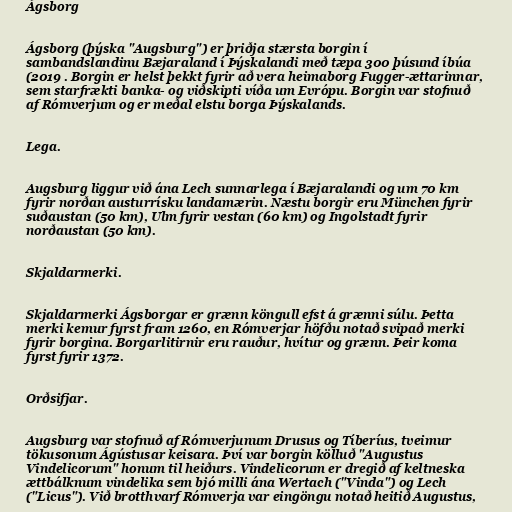
Ágsborg

Ágsborg (þýska "Augsburg") er þriðja stærsta borgin í
sambandslandinu Bæjaraland í Þýskalandi með tæpa 300 þúsund íbúa
(2019 . Borgin er helst þekkt fyrir að vera heimaborg Fugger-ættarinnar,
sem starfrækti banka- og viðskipti víða um Evrópu. Borgin var stofnuð
af Rómverjum og er meðal elstu borga Þýskalands.

Lega.

Augsburg liggur við ána Lech sunnarlega í Bæjaralandi og um 70 km
fyrir norðan austurrísku landamærin. Næstu borgir eru München fyrir
suðaustan (50 km), Ulm fyrir vestan (60 km) og Ingolstadt fyrir
norðaustan (50 km).

Skjaldarmerki.

Skjaldarmerki Ágsborgar er grænn köngull efst á grænni súlu. Þetta
merki kemur fyrst fram 1260, en Rómverjar höfðu notað svipað merki
fyrir borgina. Borgarlitirnir eru rauður, hvítur og grænn. Þeir koma
fyrst fyrir 1372.

Orðsifjar.

Augsburg var stofnuð af Rómverjunum Drusus og Tíberíus, tveimur
tökusonum Ágústusar keisara. Því var borgin kölluð "Augustus
Vindelicorum" honum til heiðurs. Vindelicorum er dregið af keltneska
ættbálknum vindelika sem bjó milli ána Wertach ("Vinda") og Lech
("Licus"). Við brotthvarf Rómverja var eingöngu notað heitið Augustus,